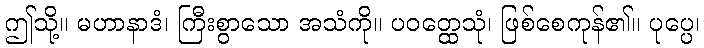
ဤသို့။ မဟာနာဒံ၊ ကြီးစွာသော အသံကို။ ပဝတ္ထေသုံ၊ ဖြစ်စေကုန်၏။ ပုပ္ပေ၊